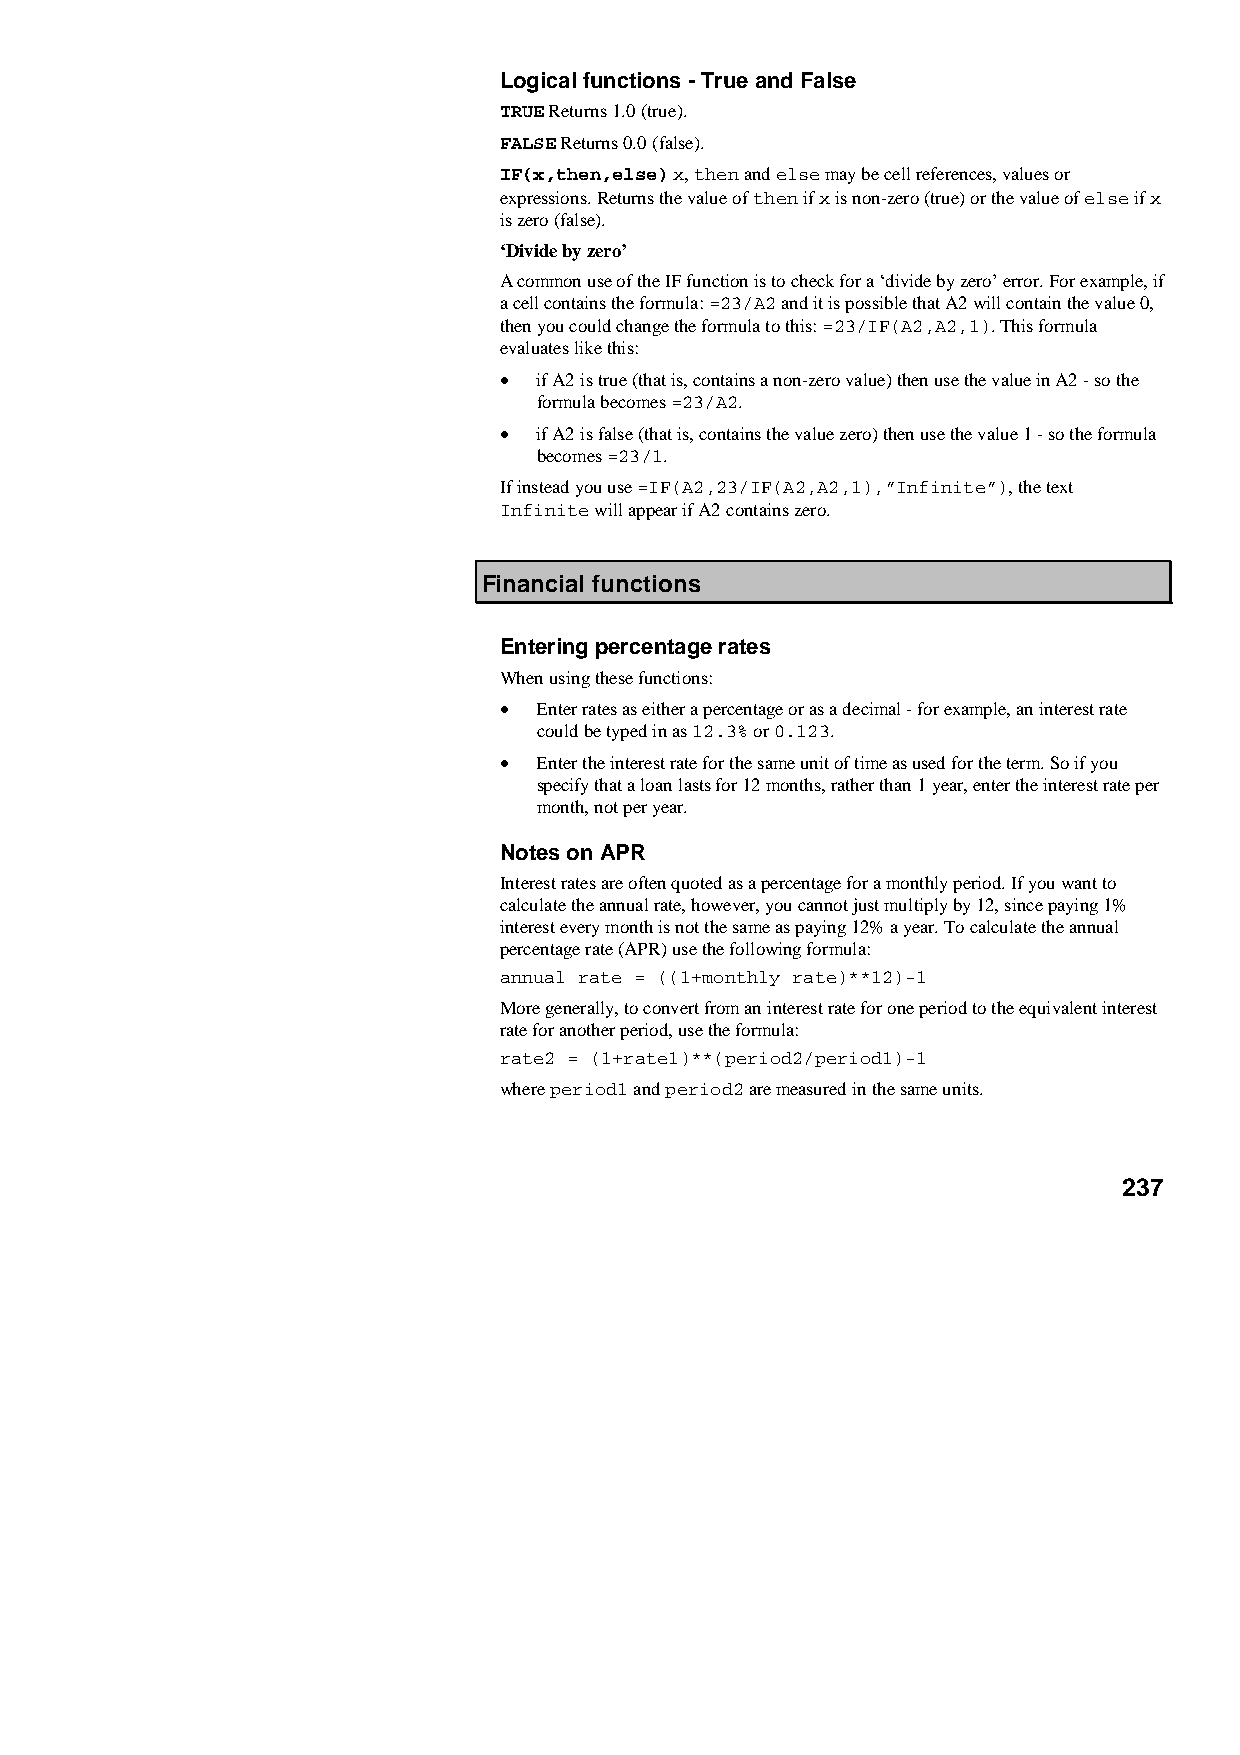
Logical functions - True and False
 TRUE Returns 1.0 (true).
 FALSE Returns 0.0 (false).
 IF(x,then,else) x, then and else may be cell references, values or
 expressions. Returns the value of then if x is non-zero (true) or the value of else if x
 is zero (false).
 ‘Divide by zero’
 A common use of the IF function is to check for a ‘divide by zero’ error. For example, if
 a cell contains the formula: =23/A2 and it is possible that A2 will contain the value 0,
 then you could change the formula to this: =23/IF(A2,A2,1). This formula
 evaluates like this:
 •  if A2 is true (that is, contains a non-zero value) then use the value in A2 - so the
 formula becomes =23/A2.
 •  if A2 is false (that is, contains the value zero) then use the value 1 - so the formula
 becomes =23/1.
 If instead you use =IF(A2,23/IF(A2,A2,1),”Infinite”), the text
 Infinite will appear if A2 contains zero.
 Financial functions
 Entering percentage rates
 When using these functions:
 •  Enter rates as either a percentage or as a decimal - for example, an interest rate
 could be typed in as 12.3% or 0.123.
 •  Enter the interest rate for the same unit of time as used for the term. So if you
 specify that a loan lasts for 12 months, rather than 1 year, enter the interest rate per
 month, not per year.
 Notes on APR
 Interest rates are often quoted as a percentage for a monthly period. If you want to
 calculate the annual rate, however, you cannot just multiply by 12, since paying 1%
 interest every month is not the same as paying 12% a year. To calculate the annual
 percentage rate (APR) use the following formula:
 annual rate = ((1+monthly rate)**12)-1
 More generally, to convert from an interest rate for one period to the equivalent interest
 rate for another period, use the formula:
 rate2 = (1+rate1)**(period2/period1)-1
 where period1 and period2 are measured in the same units.
 237